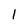
Character: l